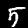
Digit: 5